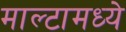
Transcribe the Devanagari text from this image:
माल्टामध्ये